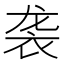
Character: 袭